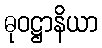
ဓုဝဋ္ဌာနိယာ